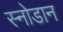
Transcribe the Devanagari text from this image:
स्नोडान